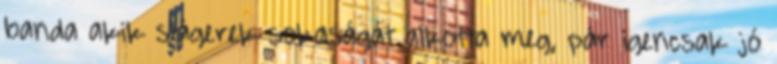
banda akik slágerek sokaságát alkotta meg, pár igencsak jó